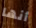
أنها